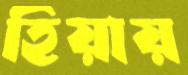
হিয়ায়